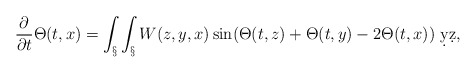
\begin{align*} \frac{\partial}{\partial t}\Theta(t,x) = \int_\S \int_\S W(z,y,x) \sin(\Theta(t,z)+\Theta(t,y)-2\Theta(t,x))\ \d y \d z,\end{align*}